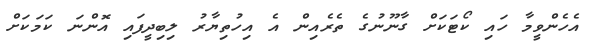
އެހެންވީމާ ހައި ކޯޓަކަށް ގާނޫނުގެ ތެރެއިން އެ އިހުތިޔާރު ލިބިދީފައި އޮންނަ ކަމަކަށް